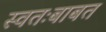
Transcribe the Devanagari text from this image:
स्वतःबाबत